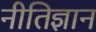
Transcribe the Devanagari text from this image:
नीतिज्ञान